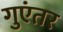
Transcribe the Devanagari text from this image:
गुएंतर